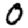
Digit: 0